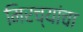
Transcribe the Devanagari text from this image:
मिरच्यांचा